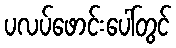
ပလပ်ဖောင်းပေါ်တွင်